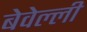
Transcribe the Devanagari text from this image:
बेवेल्ली